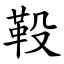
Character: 䩔